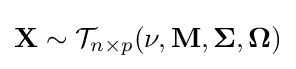
\mathbf {X} \sim {\mathcal {T}}_{n\times p}(\nu ,\mathbf {M} ,\mathbf {\Sigma } ,\mathbf {\Omega } )